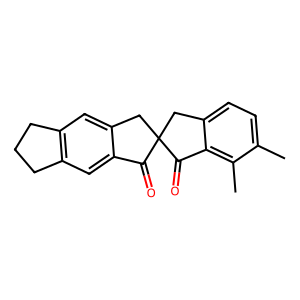
SMILES: Cc1ccc2c(c1C)C(=O)C1(Cc3cc4c(cc3C1=O)CCC4)C2
Inhibits HIV replication: No